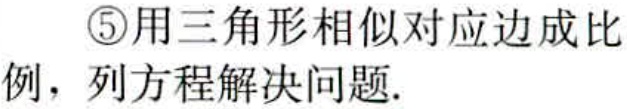
\textcircled{5}用三角形相似对应边成比例，列方程解决问题.